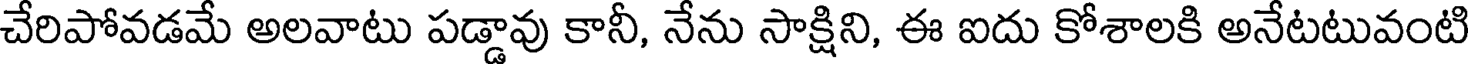
చేరిపోవడమే అలవాటు పడ్డావు కానీ, నేను సాక్షిని, ఈ ఐదు కోశాలకి అనేటటువంటి